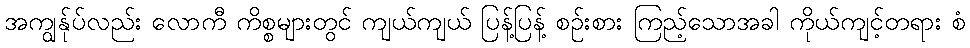
အကျွန်ုပ်လည်း လောကီ ကိစ္စများတွင် ကျယ်ကျယ် ပြန့်ပြန့် စဉ်းစား ကြည့်သောအခါ ကိုယ်ကျင့်တရား စံ